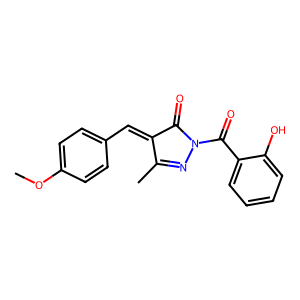
SMILES: COc1ccc(C=C2C(=O)N(C(=O)c3ccccc3O)N=C2C)cc1
Inhibits HIV replication: No